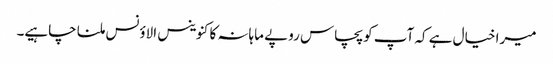
میرا خیال ہے کہ آپ کو پچاس روپے ماہانہ کا کنوینس الاؤنس ملنا چاہیے۔